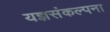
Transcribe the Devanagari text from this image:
यज्ञसंकल्पना